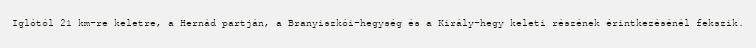
Iglótól 21 km-re keletre, a Hernád partján, a Branyiszkói-hegység és a Király-hegy keleti részének érintkezésénél fekszik.